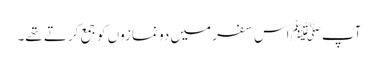
آپﷺ اس سفر میں دو نمازوں کو جمع کرتے تھے۔